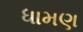
ધામણ